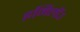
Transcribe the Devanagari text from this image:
इमिलॉउ